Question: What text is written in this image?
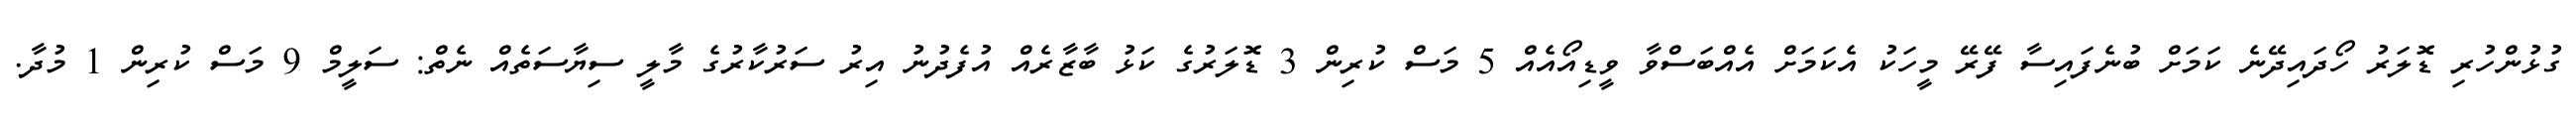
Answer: ގުޅުންހުރި ޑޮލަރު ހޯދައިދޭނެ ކަމަށް ބުނެފައިސާ ފޭރޭ މީހަކު އެކަމަށް އެއްބަސްވާ ވީޑިއޯއެއް 5 މަސް ކުރިން 3 ޑޮލަރުގެ ކަޅު ބާޒާރެއް އުފެދުނު އިރު ސަރުކާރުގެ މާލީ ސިޔާސަތެއް ނެތް: ސަލީމް 9 މަސް ކުރިން 1 މުދާ.